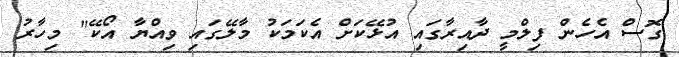
ގޮސް އެހެން ފިލްމީ ދާއިރާގައި އުޅޭކަށް އެކަމަކު މާލޭގައި ވިއްޔާ އޯކޭ" މިހާރު